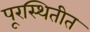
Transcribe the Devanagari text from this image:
पूरस्थितीत